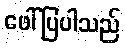
ဖေါ်ပြပါသည်